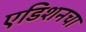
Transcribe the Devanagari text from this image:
एडिशनचा